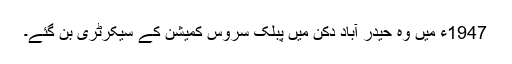
1947ء میں وہ حیدر آباد دکن میں پبلک سروس کمیشن کے سیکرٹری بن گئے۔